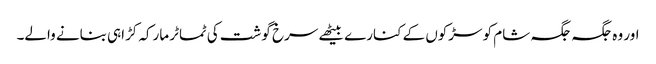
اور وہ جگہ جگہ شام کو سڑکوں کے کنارے بیٹھے سرخ گوشت کی ٹماٹر مارکہ کڑاہی بنانے والے۔